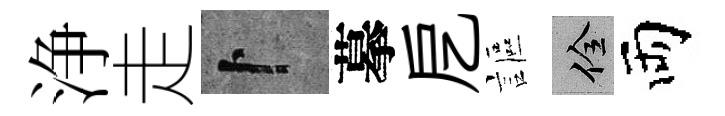
浄走卜摹戹謳佺両